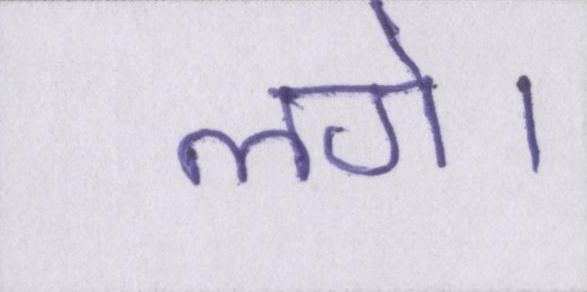
लगे।